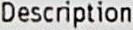
DESCRIPTION